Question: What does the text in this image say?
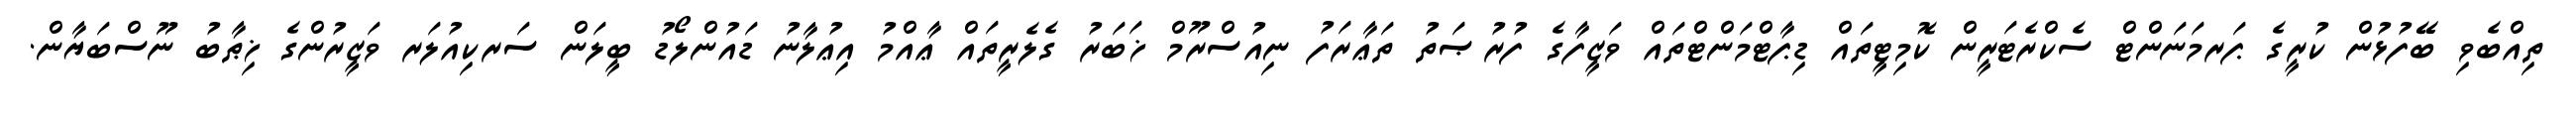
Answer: ތިއްބެވި ބޭފުޅުން ކުރީގެ ޕަރމަނަންޓް ސެކްރެޓަރީން ކޮމިޓީތައް ޑިޕާޓްމަންޓްތައް ވަޒީފާގެ ފުރުޞަތު ތަޢާރަފު ނިއުސްރޫމް ޚަބަރު ގެލެރީތައް ޢާއްމު އިޢުލާނު ޑައުންލޯޑު ބީލަން ސަރކިއުލަރ ވަޒީރުންގެ ޚިޠާބު ނޫސްބަޔާން.